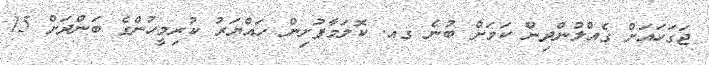
ޖަގަހައަށް ގެއްލުންދިން ކަމަށް ބުނެ ގއ. ކޮލަމާފުށިން ހައްޔަރު ކުރިމީހުންގެ ބަންދަށް 15